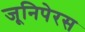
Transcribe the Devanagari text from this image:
जूनिपेरस